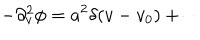
LaTeX: - \partial _ { v } ^ { 2 } \phi = a ^ { 2 } \delta ( v - v _ { 0 } ) + \cdots